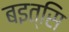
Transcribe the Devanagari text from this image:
बइत्सि